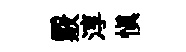
覈淳慎